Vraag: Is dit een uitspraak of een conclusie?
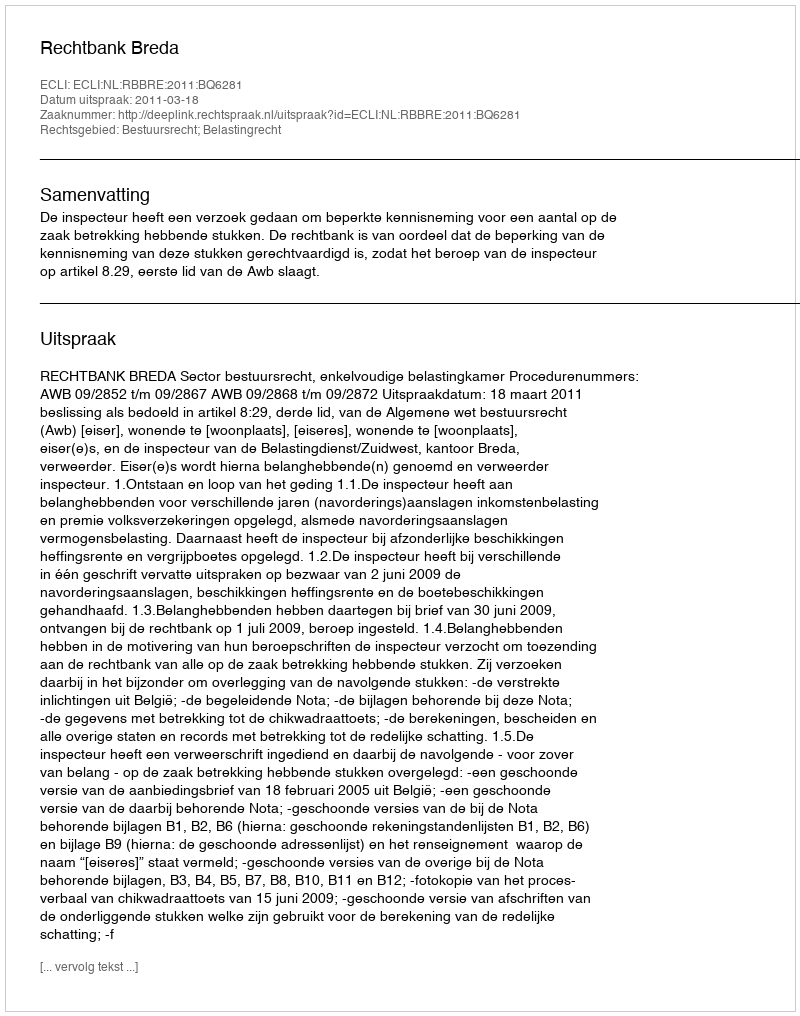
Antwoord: Uitspraak